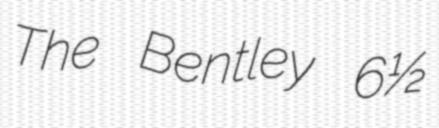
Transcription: The Bentley 6½